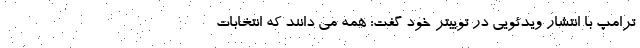
ترامپ با انتشار ویدئویی در توییتر خود گفت: همه می دانند که انتخابات